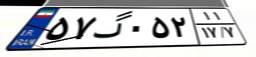
۵۷گ۰۵۲۱۱